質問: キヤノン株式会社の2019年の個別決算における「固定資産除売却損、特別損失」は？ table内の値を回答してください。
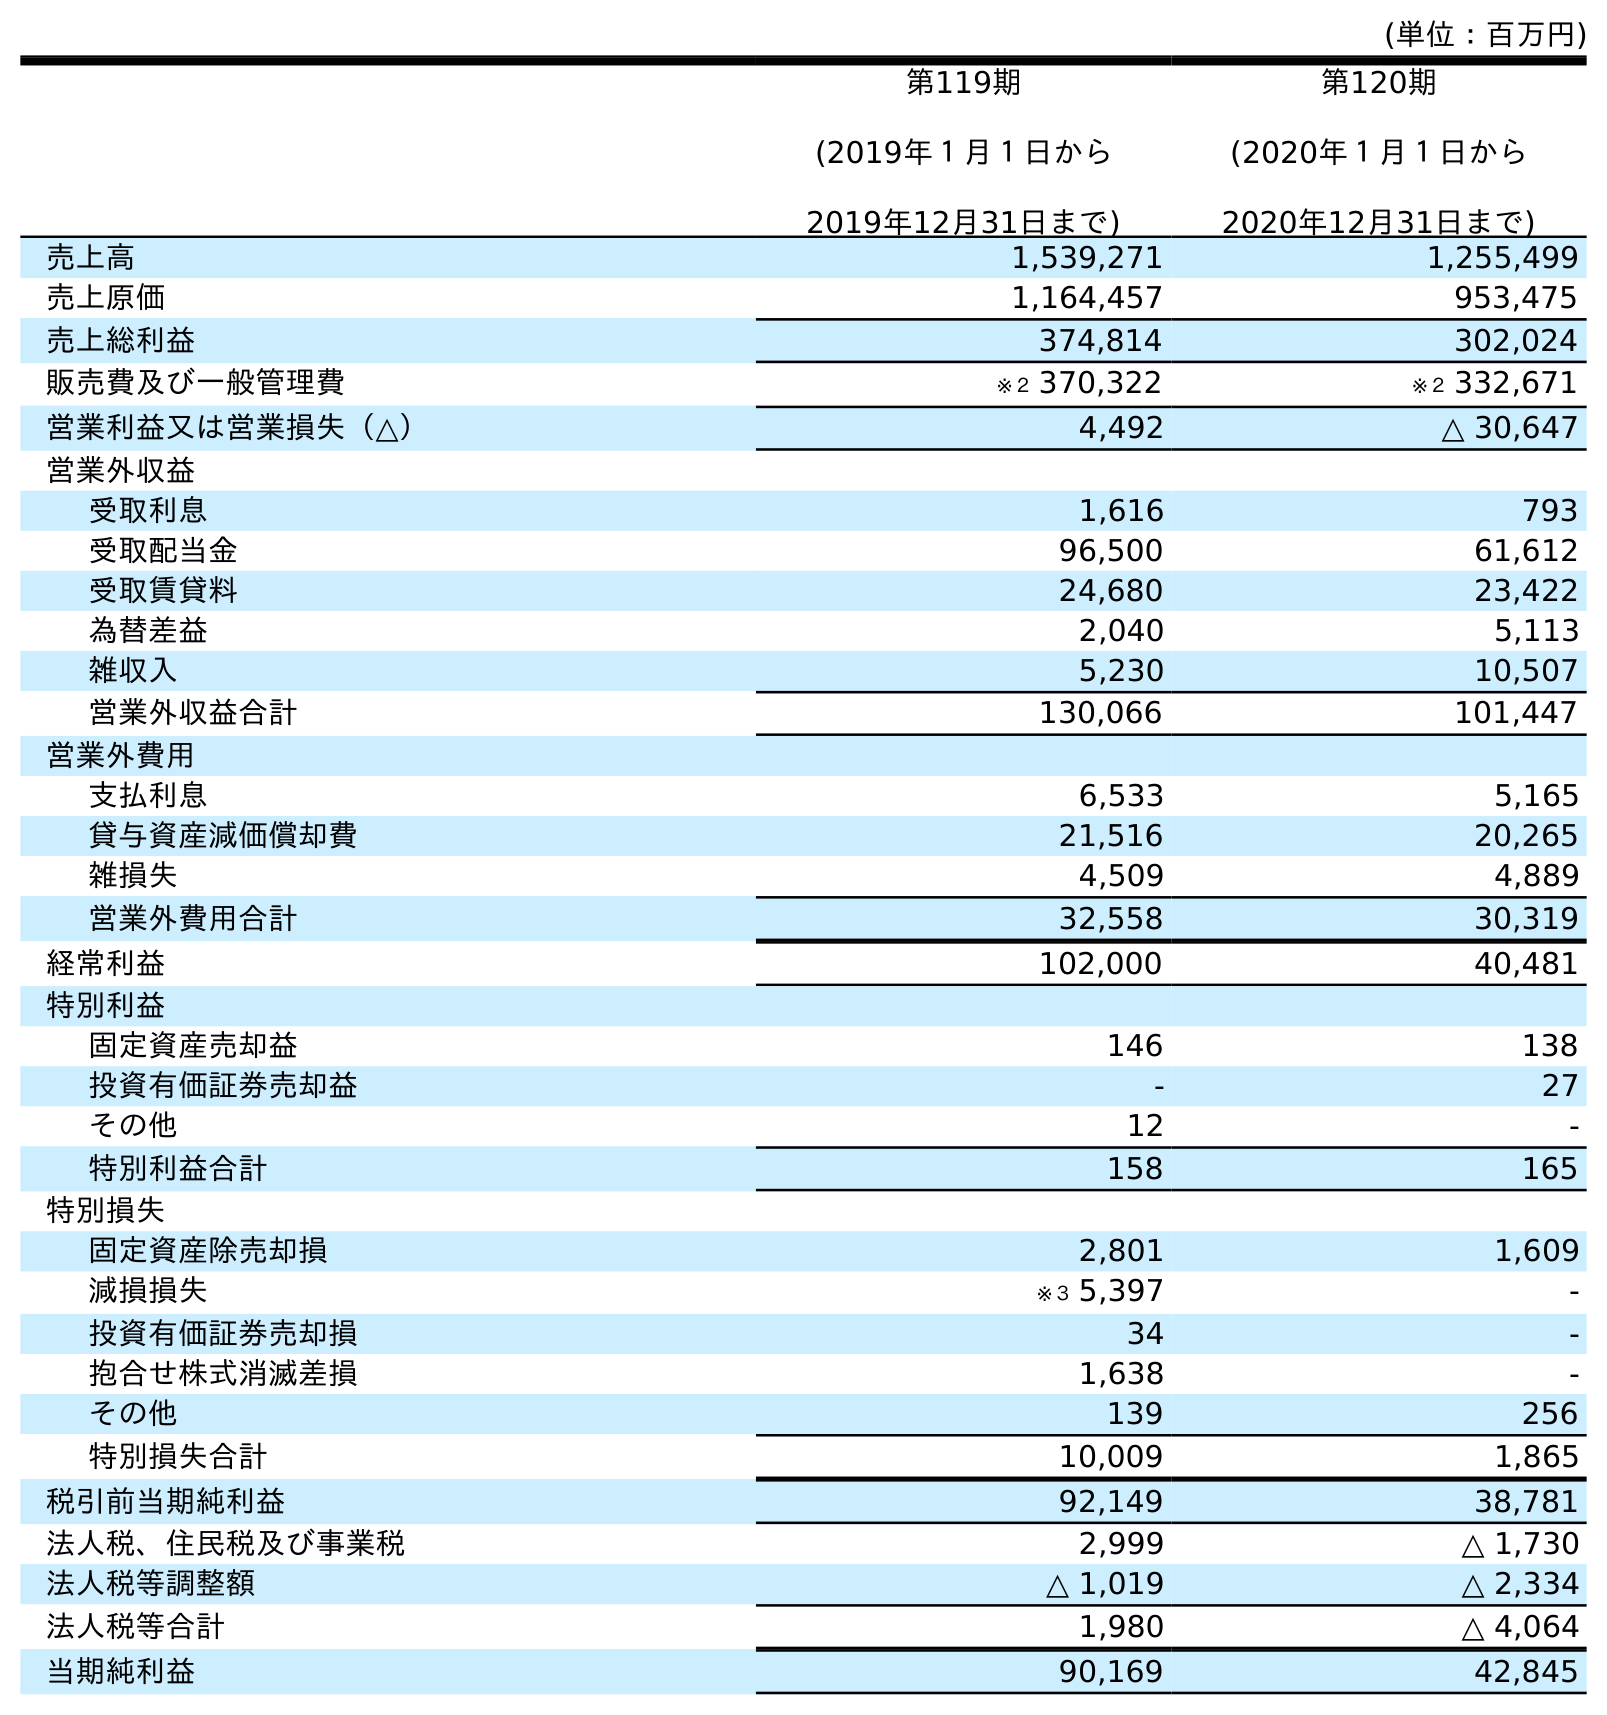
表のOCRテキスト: (単位：百万円) 第119期 (2019年１月１日から 2019年12月31日まで) 第120期 (2020年１月１日から 2020年12月31日まで) 売上高 1,539,271 1,255,499 売上原価 1,164,457 953,475 売上総利益 374,814 302,024 販売費及び一般管理費 ※２ 370,322 ※２ 332,671 営業利益又は営業損失（△） 4,492 △ 30,647 営業外収益 受取利息 1,616 793 受取配当金 96,500 61,612 受取賃貸料 24,680 23,422 為替差益 2,040 5,113 雑収入 5,230 10,507 営業外収益合計 130,066 101,447 営業外費用 支払利息 6,533 5,165 貸与資産減価償却費 21,516 20,265 雑損失 4,509 4,889 営業外費用合計 32,558 30,319 経常利益 102,000 40,481 特別利益 固定資産売却益 146 138 投資有価証券売却益 - 27 その他 12 - 特別利益合計 158 165 特別損失 固定資産除売却損 2,801 1,609 減損損失 ※３ 5,397 - 投資有価証券売却損 34 - 抱合せ株式消滅差損 1,638 - その他 139 256 特別損失合計 10,009 1,865 税引前当期純利益 92,149 38,781 法人税、住民税及び事業税 2,999 △ 1,730 法人税等調整額 △ 1,019 △ 2,334 法人税等合計 1,980 △ 4,064 当期純利益 90,169 42,845
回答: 2,801